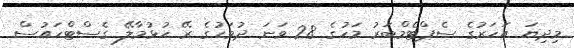
މިދިޔަ އަހަރުގެ ސެޕްޓެމްބަރު މަހުގެ 28 ވަނަ ދުވަހުގެ ރޭ ހުޅުމާލޭ ގެސްޓްހައުސް